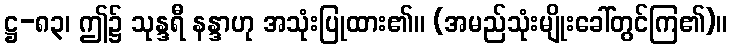
ဋ္ဌ-၈၃၊ ဤ၌ သုန္ဒရီ နန္ဒာဟု အသုံးပြုထား၏။ (အမည်သုံးမျိုးခေါ်တွင်ကြ၏)။